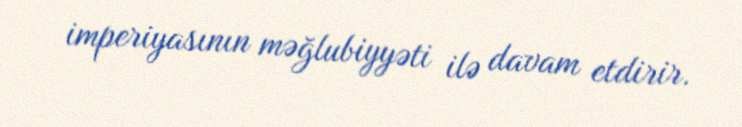
imperiyasının məğlubiyyəti ilə davam etdirir.